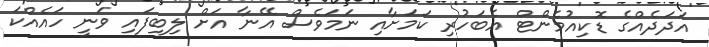
އަދަދެއްގެ ޑޮކިއުމެންޓް އެބަހުރި ކަމަށާއި ނަމަވެސް އޭނާ އަށް ލިބިފައި ވަނީ ހައެއްކަ